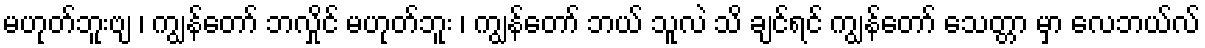
မဟုတ်ဘူးဗျ ၊ ကျွန်တော် ဘလှိုင် မဟုတ်ဘူး ၊ ကျွန်တော် ဘယ် သူလဲ သိ ချင်ရင် ကျွန်တော် သေတ္တာ မှာ လေဘယ်လ်